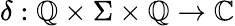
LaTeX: \delta:\mathbb{Q}\times\Sigma\times\mathbb{Q}\to\mathbb{{C}}